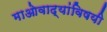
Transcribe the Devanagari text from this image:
माओवाद्यांविषयी